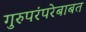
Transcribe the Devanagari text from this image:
गुरुपरंपरेबाबत